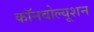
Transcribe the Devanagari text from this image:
कॉनवोल्यूशन